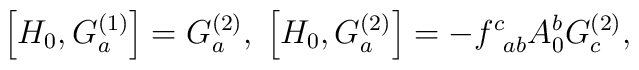
\left[ H_0,G_a^{(1)}\right] =G_a^{(2)},\;\left[ H_0,G_a^{(2)}\right]=-f_{\;\;ab}^cA_0^bG_c^{(2)},